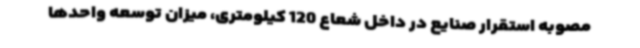
مصوبه استقرار صنایع در داخل شعاع 120 کیلومتری، میزان توسعه واحدها